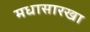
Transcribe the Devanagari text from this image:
मधासारखा